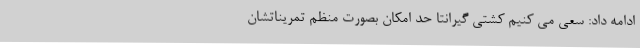
ادامه داد: سعی می کنیم کشتی گیرانتا حد امکان بصورت منظم تمریناتشان